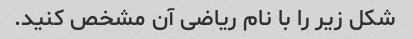
شکل زیر را با نام ریاضی آن مشخص کنید.